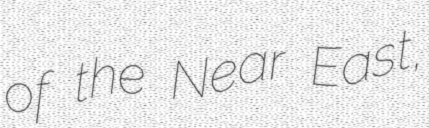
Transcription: of the Near East,